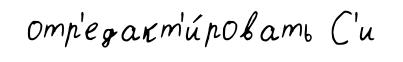
отр'едакт'и́ровать С'и